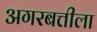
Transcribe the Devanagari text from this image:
अगरबत्तीला